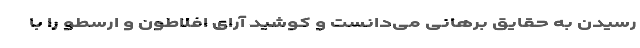
رسیدن به حقایق برهانی می‌دانست و کوشید آرای افلاطون و ارسطو را با